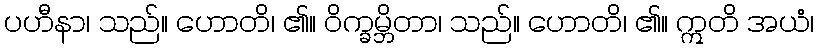
ပဟီနာ၊ သည်။ ဟောတိ၊ ၏။ ဝိက္ခမ္ဘိတာ၊ သည်။ ဟောတိ၊ ၏။ ဣတိ အယံ၊